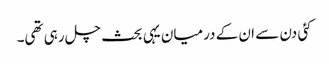
کئی دن سے ان کے درمیان یہی بحث چل رہی تھی۔